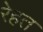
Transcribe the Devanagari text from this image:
रेहत